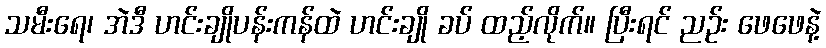
သမီးရေ၊ အဲဒီ ဟင်းချိုပန်းကန်ထဲ ဟင်းချို ခပ် ထည့်လိုက်။ ပြီးရင် ညဉ်း ဖေဖေနဲ့